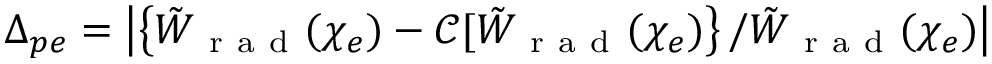
\Delta _ { p e } = \left| \left\{ \tilde { W } _ { \mathrm { ~ r ~ a ~ d ~ } } ( \chi _ { e } ) - \mathcal { C } [ \tilde { W } _ { \mathrm { ~ r ~ a ~ d ~ } } ( \chi _ { e } ) \right\} / \tilde { W } _ { \mathrm { ~ r ~ a ~ d ~ } } ( \chi _ { e } ) \right|